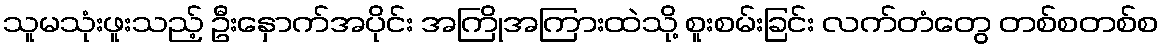
သူမသုံးဖူးသည့် ဦးနှောက်အပိုင်း အကြိုအကြားထဲသို့ စူးစမ်းခြင်း လက်တံတွေ တစ်စတစ်စ